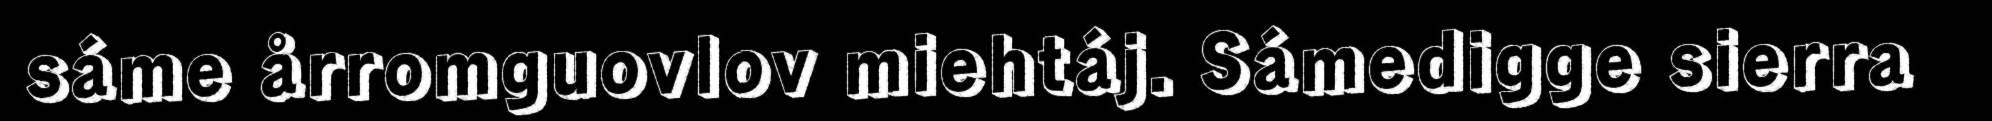
sáme årromguovlov miehtáj. Sámedigge sierra